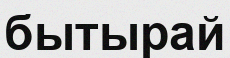
бытырай